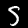
Digit: 5